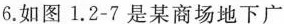
6.如图1.2-7是某商场地下广